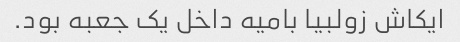
ایکاش زولبیا بامیه داخل یک جعبه بود.